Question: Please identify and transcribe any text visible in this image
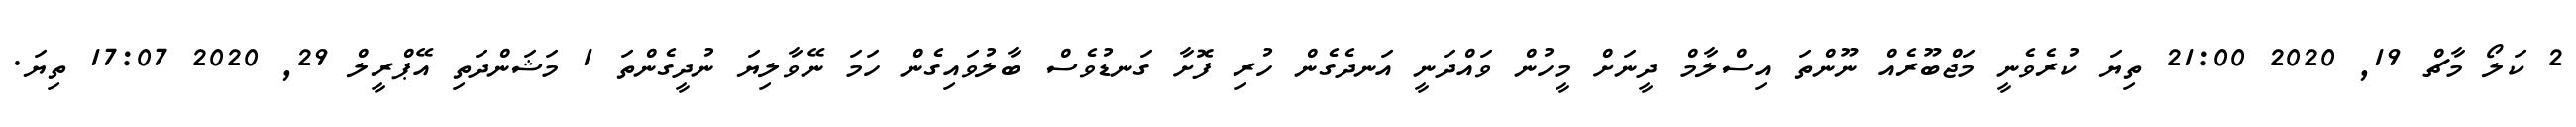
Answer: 2 ކަލޯ މާޗް 19, 2020 21:00 ތިޔަ ކުރެވެނީ މަޖްބޫރެއް ނޫންތަ އިސްލާމް ދީނަށް މީހުން ވައްދަނީ އަނދެގެން ހުރި ފޮށާ ގަނޑުވެސް ބާލުވައިގެން ހަމަ ނޭވާލިޔަ ނުދީގެންތަ 1 މަޝަންދަތި އޭޕްރީލް 29, 2020 17:07 ތިޔަ.